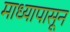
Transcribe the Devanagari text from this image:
माध्यापासून